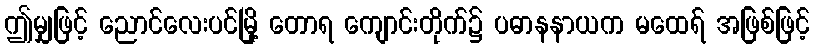
ဤမျှဖြင့် ညောင်လေးပင်မြို့ တောရ ကျောင်းတိုက်၌ ပဓာနနာယက မထေရ် အဖြစ်ဖြင့်